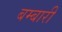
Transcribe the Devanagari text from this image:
बम्बारी